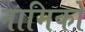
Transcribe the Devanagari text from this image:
नामिको